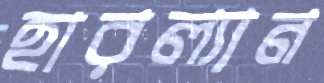
হারল্যান